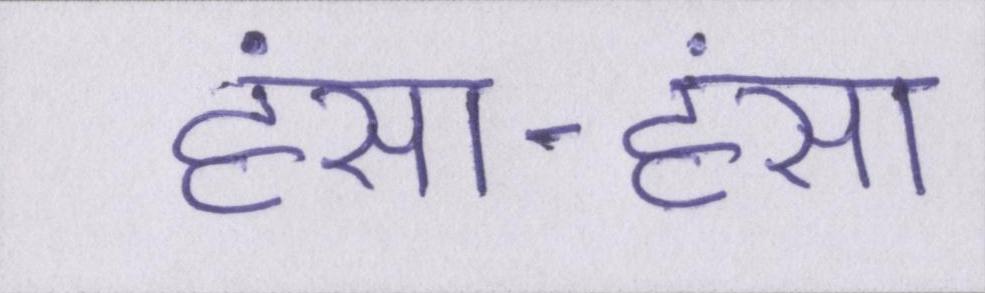
हंसा-हंसा